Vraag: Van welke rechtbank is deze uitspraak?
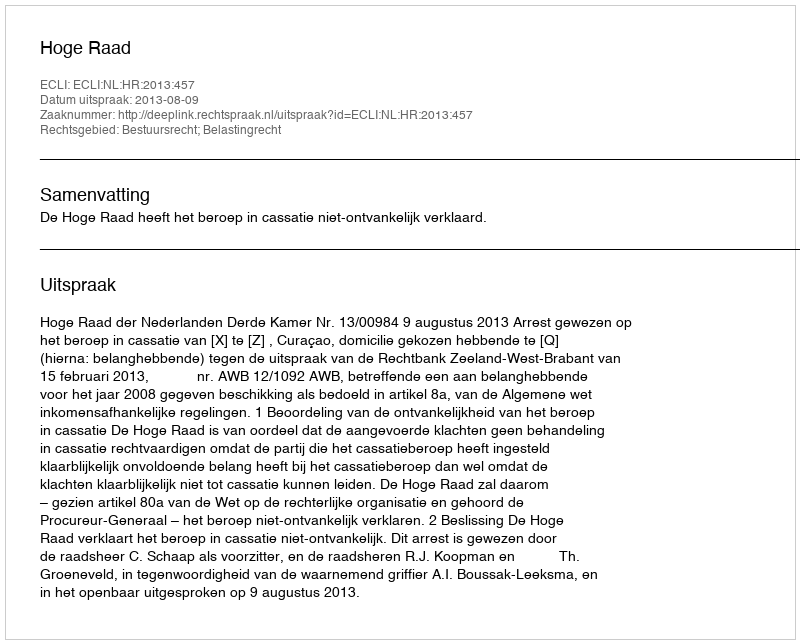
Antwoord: Hoge Raad